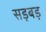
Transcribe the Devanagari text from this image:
सड़बड़